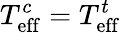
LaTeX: T_{\mathrm{eff}}^{c}=T_{\mathrm{eff}}^{t}